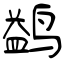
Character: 鹢